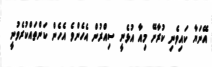
އޭނަޔާ ކައިވެނި ކުރާށޭ މިއާ އުޅެނީ ސިއްރުން އެހެންވެ އެހެން ކަންތައްކުރެވުނީ